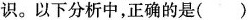
识。以下分析中，正确的是()